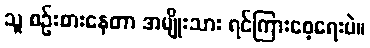
သူ စဉ်းစားနေတာ အမျိုးသား ရင်ကြားစေ့ရေးပဲ။